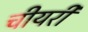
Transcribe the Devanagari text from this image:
चीयरी